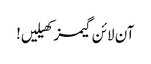
آن لائن گیمز کھیلیں!